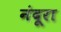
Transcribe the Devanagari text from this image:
नंदूरा